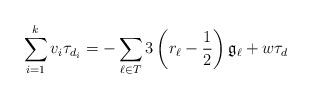
LaTeX: \begin{align*} \sum_{i=1}^k v_i\tau_{d_i}=-\sum_{\ell\in T}3\left(r_\ell-\frac{1}{2}\right)\mathfrak{g}_\ell+w\tau_d\end{align*}